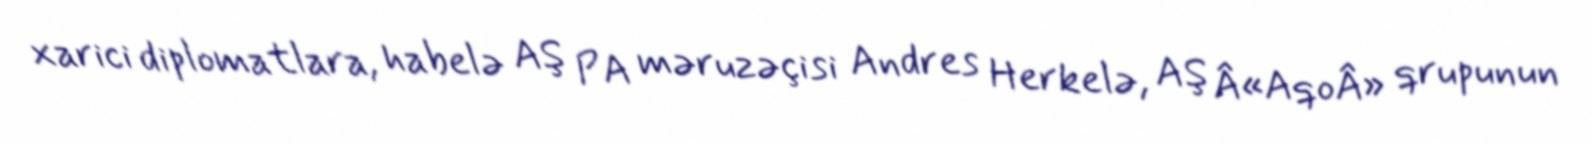
xarici diplomatlara, habelə AŞ PA məruzəçisi Andres Herkelə, AŞ Â«AqoÂ» qrupunun